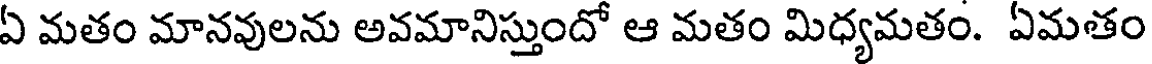
ఏ మతం మానవులను అవమానిస్తుందో ఆ మతం మిధ్యమతం. ఏమతం